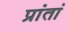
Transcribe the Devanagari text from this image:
प्रांतां